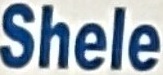
Shele